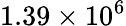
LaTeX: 1.39\times 10^{6}